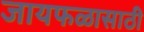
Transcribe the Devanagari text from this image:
जायफळासाठी